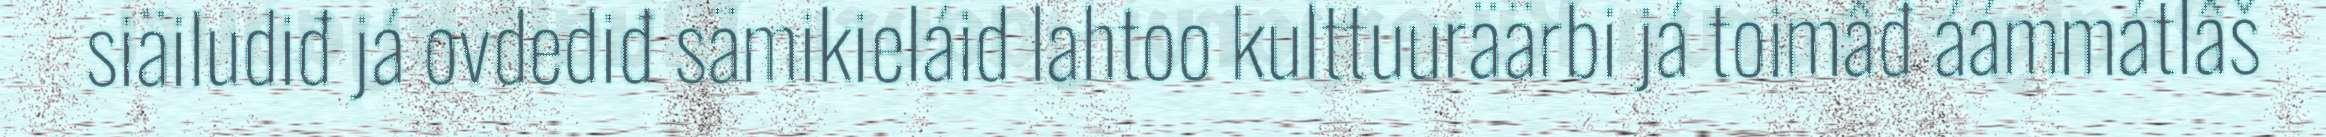
siäiludiđ já ovdediđ sämikieláid lahtoo kulttuuräärbi já toimâđ áámmátlâš